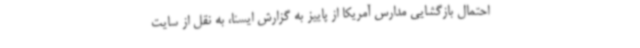
احتمال بازگشایی مدارس آمریکا از پاییز به گزارش ایسنا، به نقل از سایت